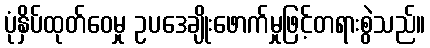
ပုံနှိပ်ထုတ်ဝေမှု ဥပဒေချိုးဖောက်မှုဖြင့်တရားစွဲသည်။